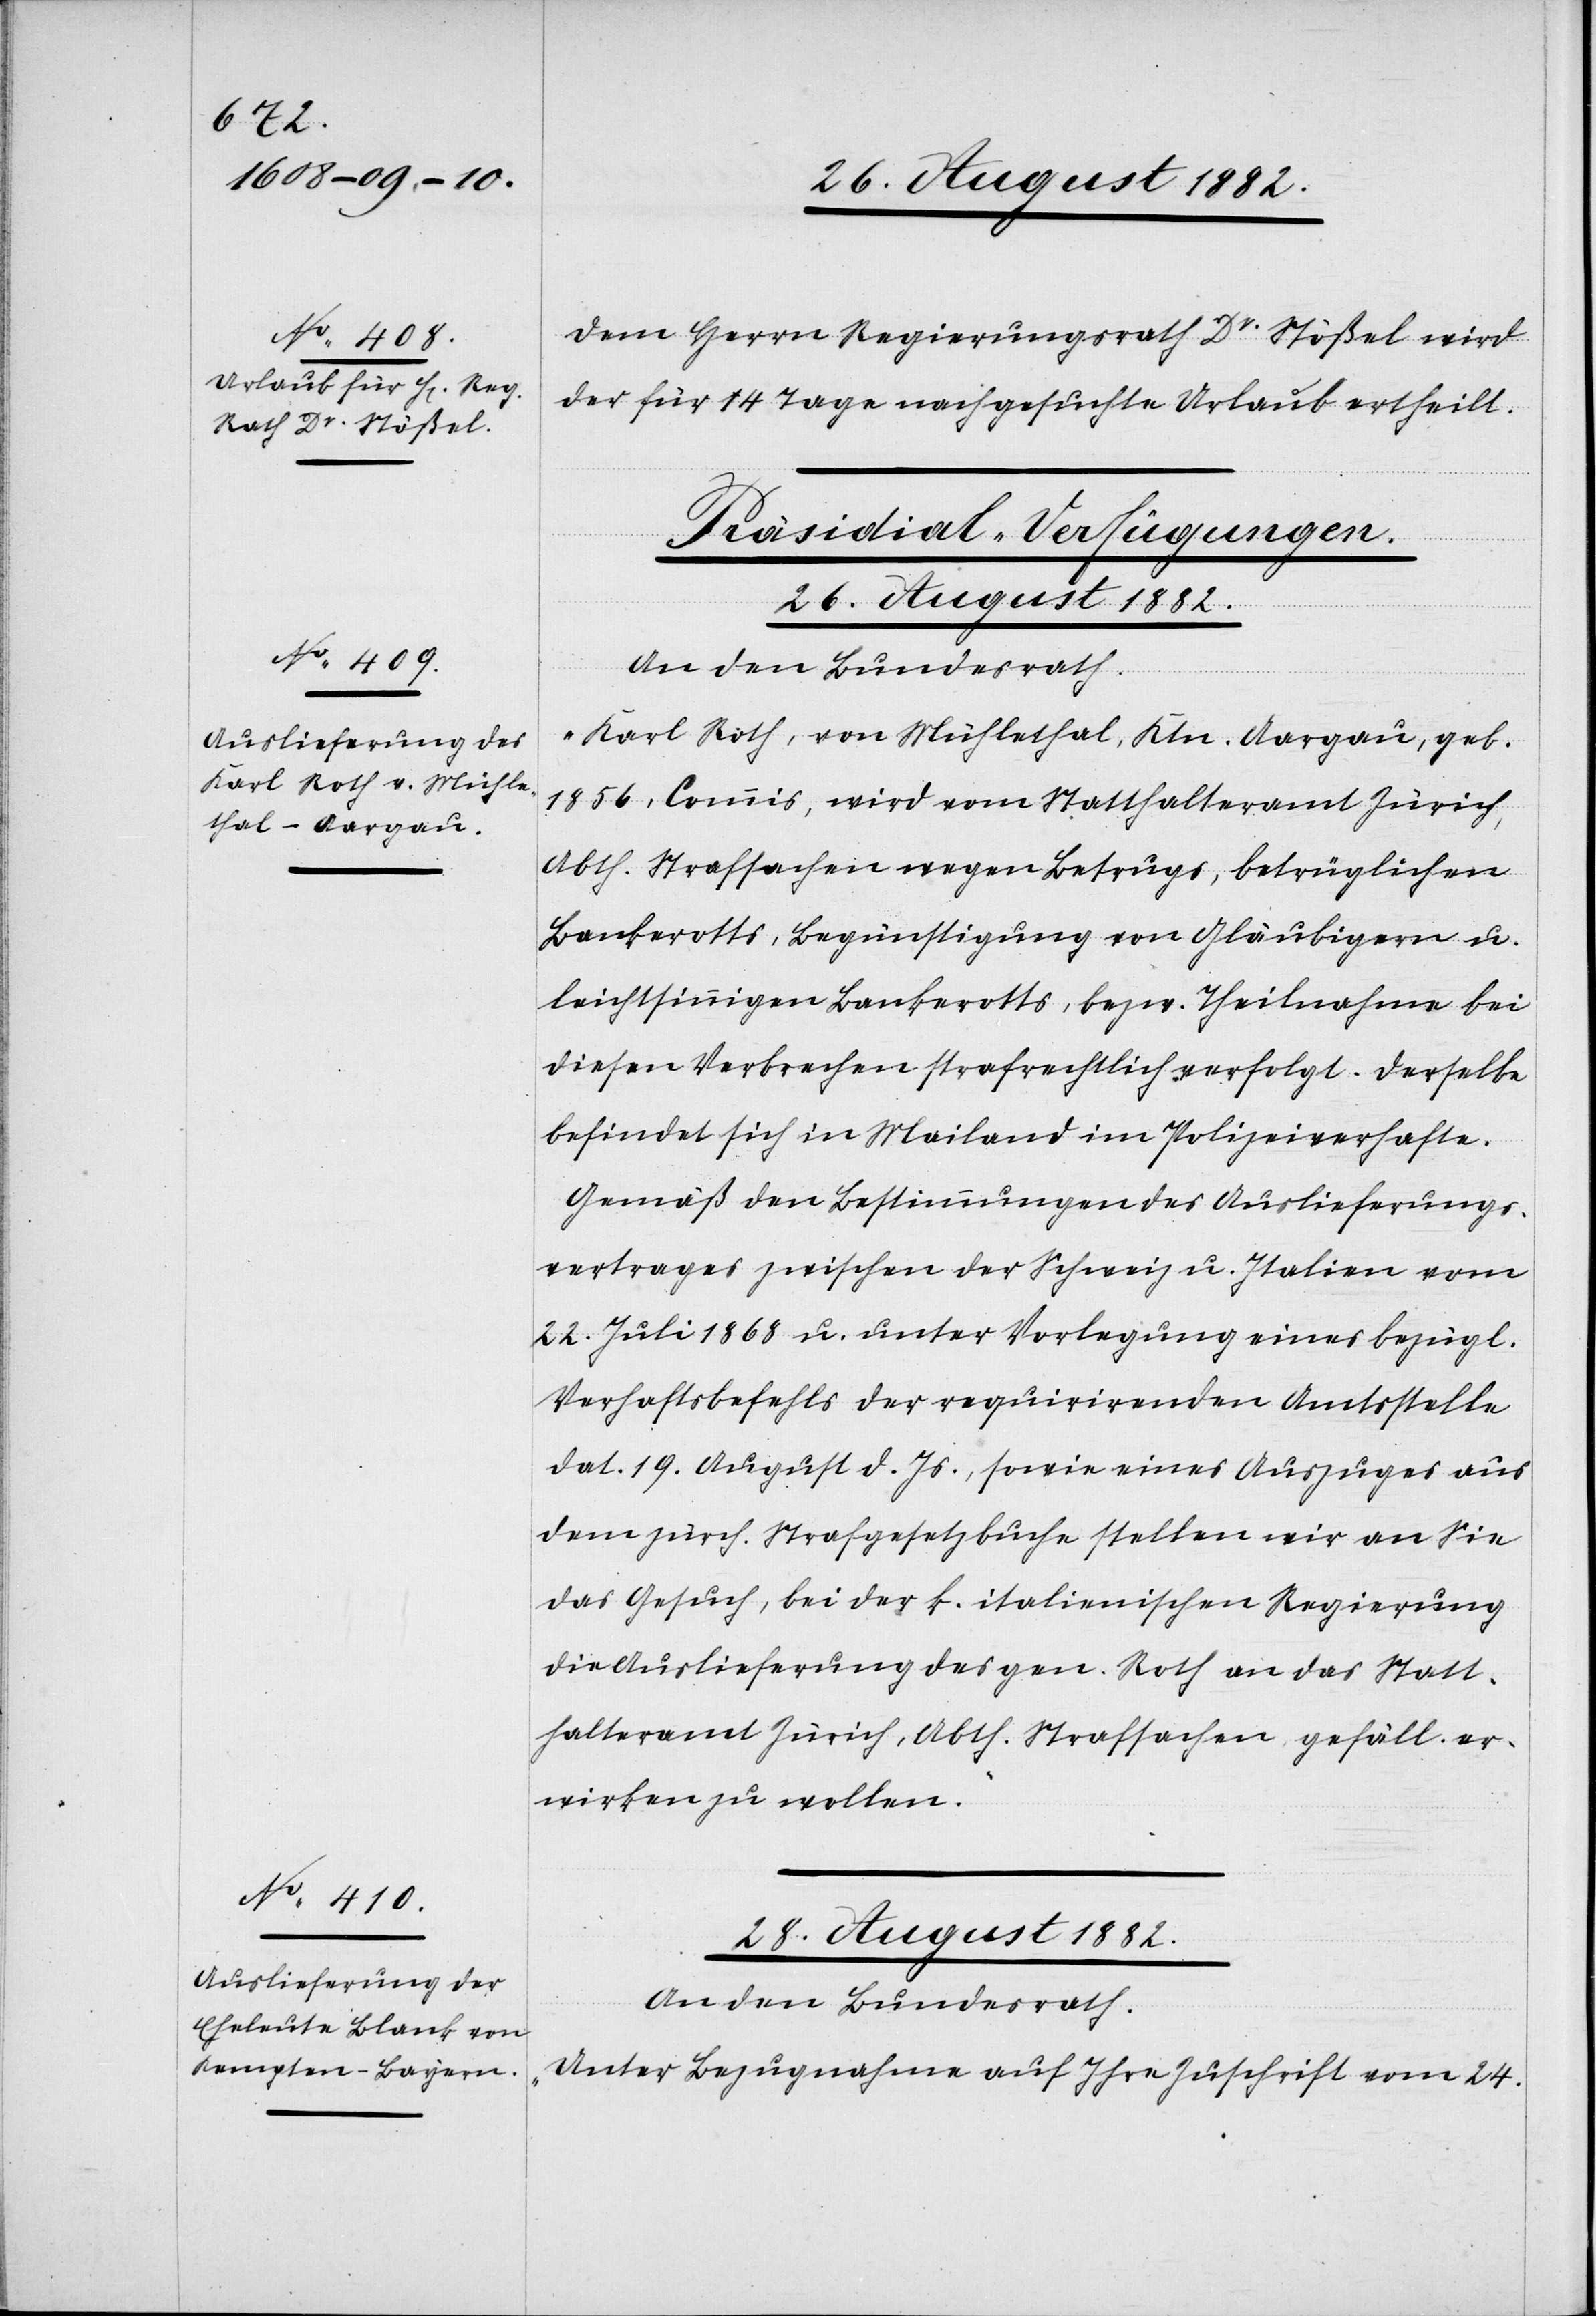
Dem Herren Regierungsrath Dr Stößel wird
der für 14 Tage nachgesuchte Urlaub ertheilt.
[Präsidial-Verfügungen.]
26. August 1882.
An den Bundesrath:
„Karl Roth, von Mühlethal, Ktn. Aargau, geb.
1856, Commis, wird vom Statthalteramt Zürich,
Abth. Strafsachen wegen Betruges, betrüglichen
Bankerotts, Begünstigung von Gläubigern u.
leichtsinnigem Bankerotts, bezw. Theilnahme bei
diesen Verbrechen strafrechtlich verfolgt. Derselbe
befindet sich in Mailand im Polizeiverhafte.
Gemäß den Bestimmungen des Auslieferungs¬
vertrages zwischen der Schweiz u. Italien vom
22. Juli 1868 u. unter Vorlegung eines bezügl.
Verhaftsbefehls der requirirenden Amtsstelle
dat. 19. August d. Js., sowie eines Auszuges aus
dem zürch. Strafgesetzbuche stellen wir an Sie
das Gesuch, bei der k. italienischen Regierung
die Auslieferung des gen. Roth an das Statt¬
halteramt Zürich, Abth. Strafsachen gefäll. er¬
wirken zu wollen.“
28. August 1882.
An den Bundesrath:
„Unter Bezugnahme auf Ihre Zuschrift vom 24.